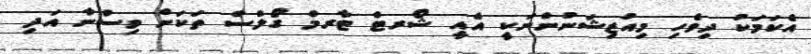
އެކަމަކު ދިވެހި މިއުޒިޝަނުންނަކީ އެއީ ޝޯރޓް ޓާރމް ގޯލްސް ތަކަށް ވިސްނާ އަދި